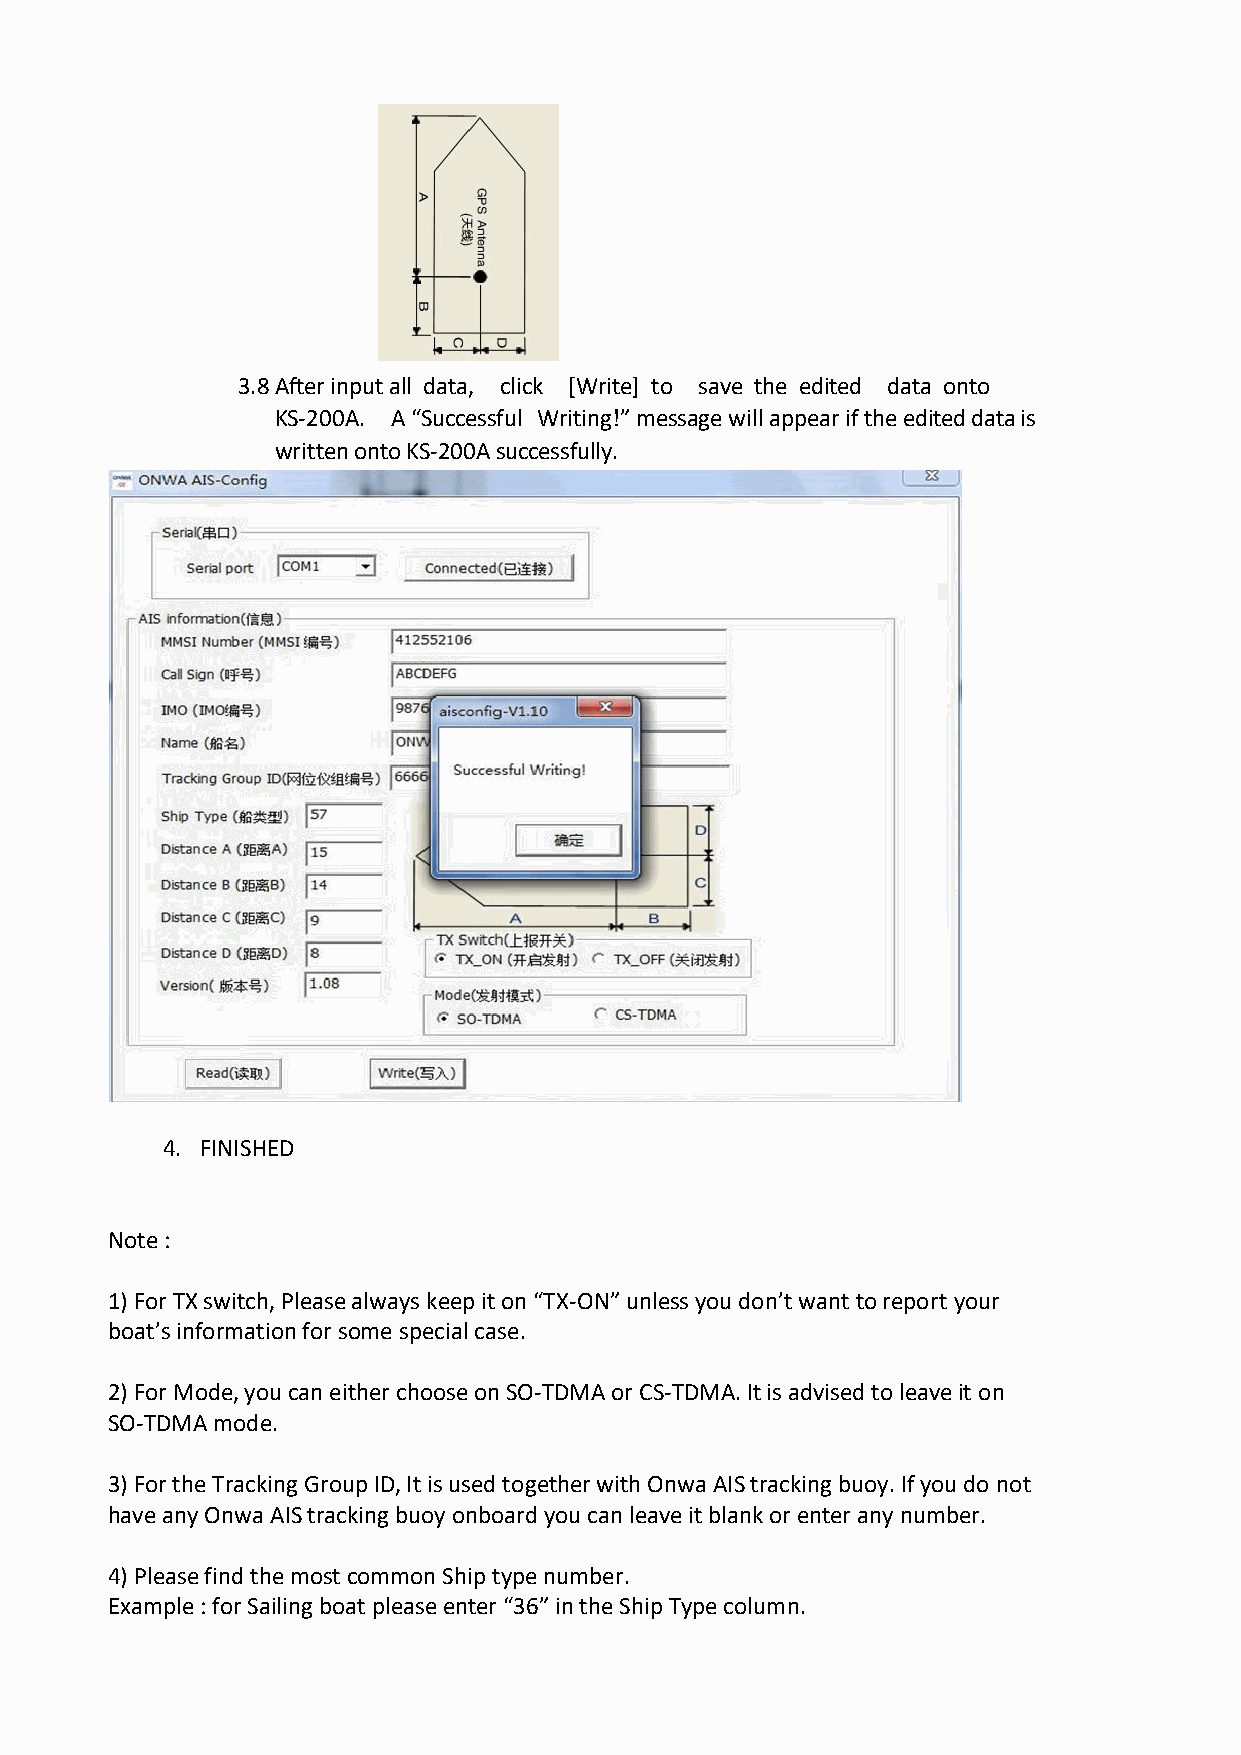
3.8 After input all data, click [Write] to save the edited data onto
 KS-200A. A “Successful Writing!” message will appear if the edited data is
 written onto KS-200A successfully.
 4. FINISHED
 Note :
 1) For TX switch, Please always keep it on “TX-ON” unless you don’t want to report your
 boat’s information for some special case.
 2) For Mode, you can either choose on SO-TDMA or CS-TDMA. It is advised to leave it on
 SO-TDMA mode.
 3) For the Tracking Group ID, It is used together with Onwa AIS tracking buoy. If you do not
 have any Onwa AIS tracking buoy onboard you can leave it blank or enter any number.
 4) Please find the most common Ship type number.
 Example : for Sailing boat please enter “36” in the Ship Type column.